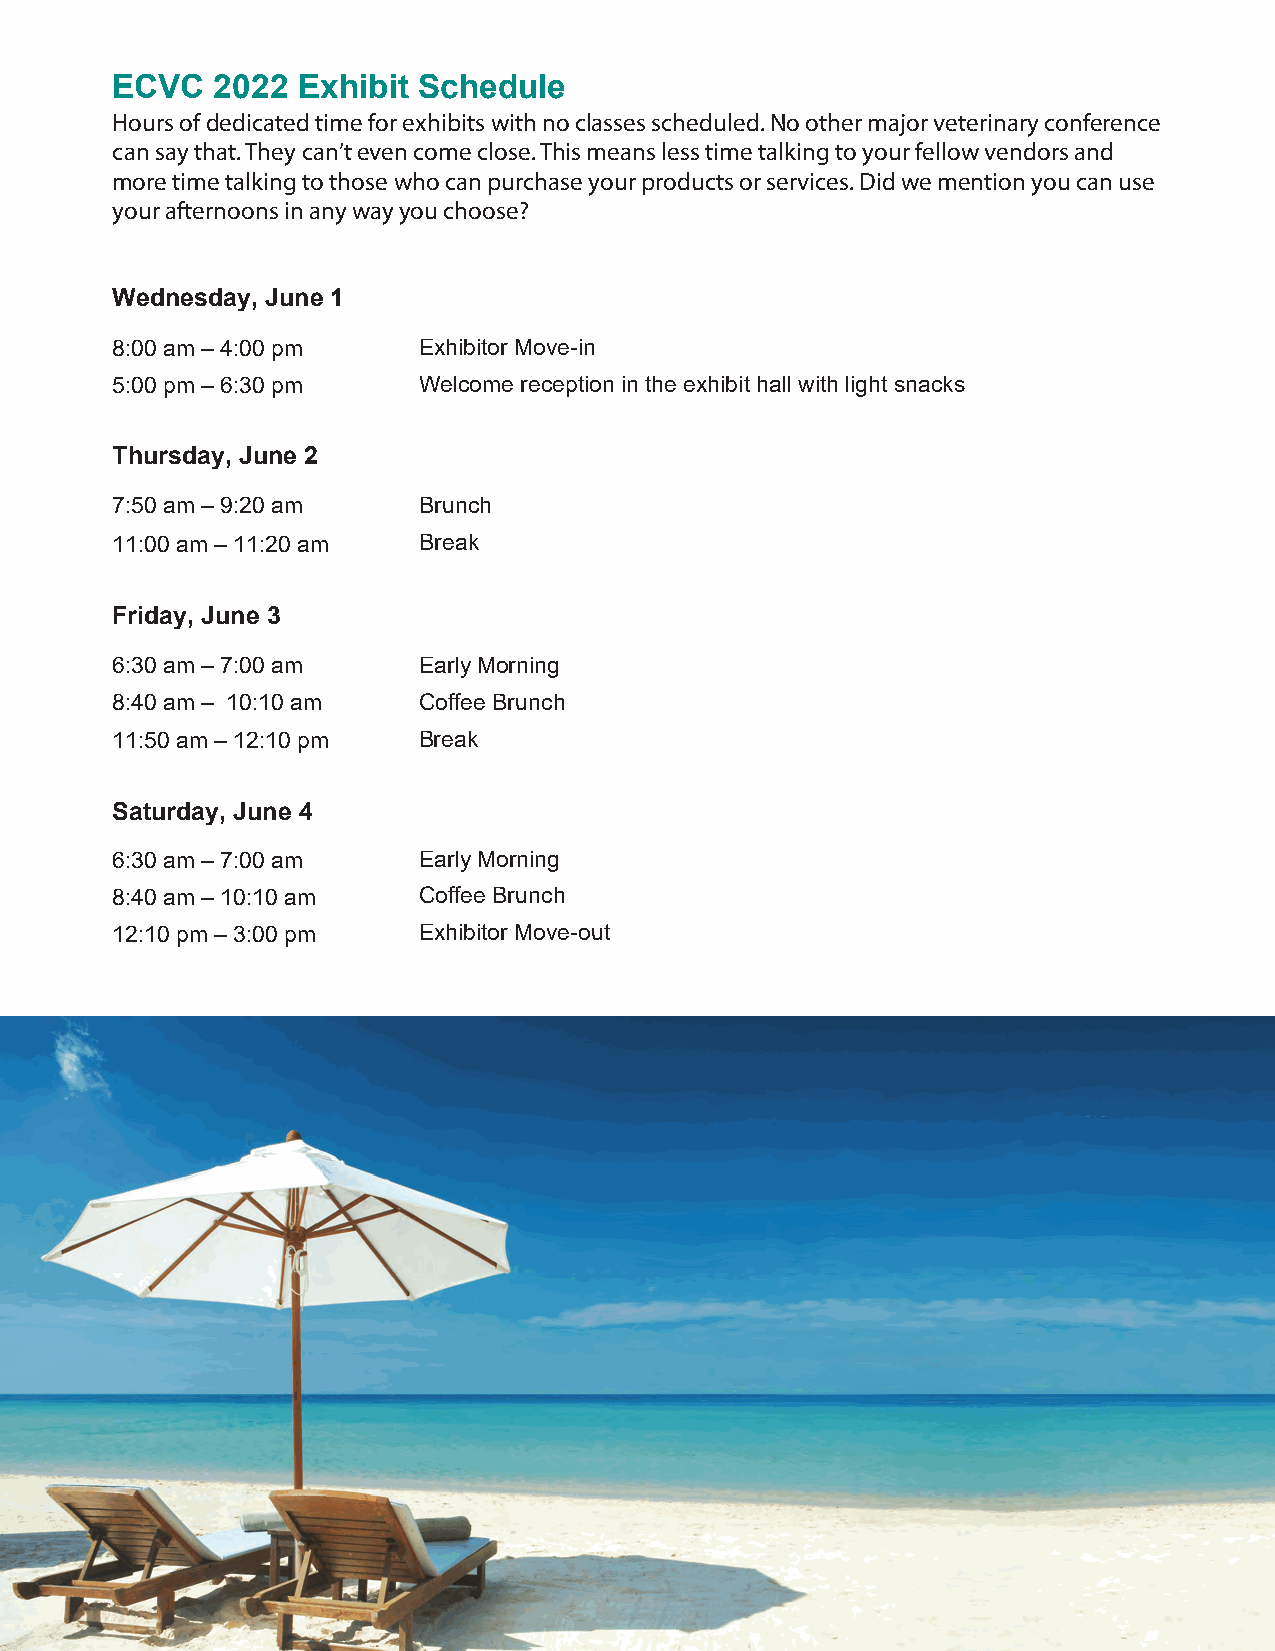
ECVC   2022  Exhibit Schedule
 Hours of dedicated time for exhibits with no classes scheduled. No other major veterinary conference
 can say that. They can’t even come close. This means less time talking to your fellow vendors and
 more time talking to those who can purchase your products or services. Did we mention you can use
 your afternoons in any way you choose?
 Wednesday, June 1
 8:00 am – 4:00 pm    Exhibitor Move-in
 5:00 pm – 6:30 pm    Welcome reception in the exhibit hall with light snacks
 Thursday, June 2
 7:50 am – 9:20 am    Brunch
 11:00 am – 11:20 am  Break
 Friday, June 3
 6:30 am – 7:00 am    Early Morning
 8:40 am – 10:10 am   Coffee Brunch
 11:50 am – 12:10 pm  Break
 Saturday, June 4
 6:30 am – 7:00 am    Early Morning
 8:40 am – 10:10 am   Coffee Brunch
 12:10 pm – 3:00 pm   Exhibitor Move-out